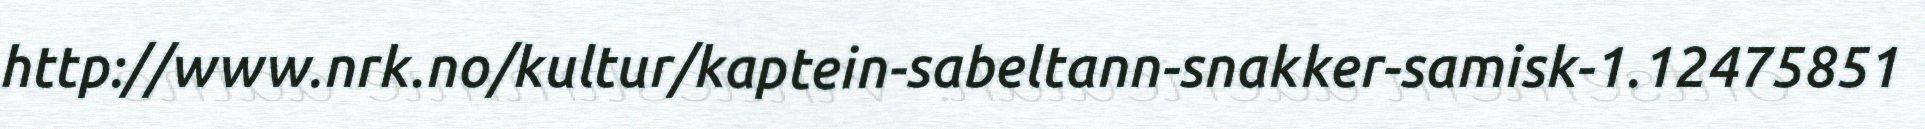
http://www.nrk.no/kultur/kaptein-sabeltann-snakker-samisk-1.12475851